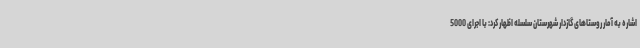
اشاره به آمار روستاهای گازدار شهرستان سلسله اظهار کرد: با اجرای 5000